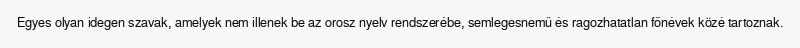
Egyes olyan idegen szavak, amelyek nem illenek be az orosz nyelv rendszerébe, semlegesnemű és ragozhatatlan főnévek közé tartoznak.